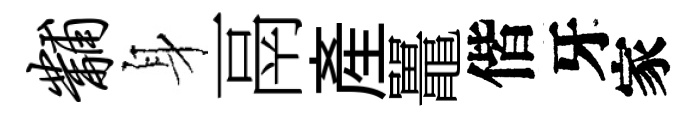
黼身鬲産鼉偕牙家